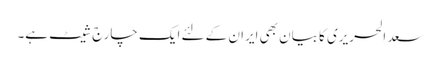
سعد الحریری کا بیان بھی ایران کے لئے ایک چارج شیٹ ہے۔